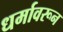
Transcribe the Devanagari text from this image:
धर्मावरून